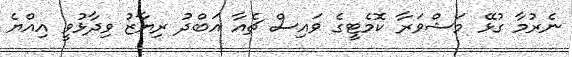
ނެރުމާ ގުޅޭ މަޝްވަރާ ކޮމެޓީގެ ވައިސް ޗެއާ އަބްދު ރިޔާޒު ވިދާޅުވީ އިއްޔެ